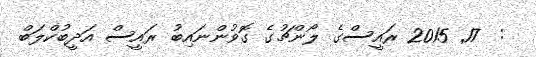
:  17